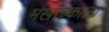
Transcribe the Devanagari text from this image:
मखाच्काला